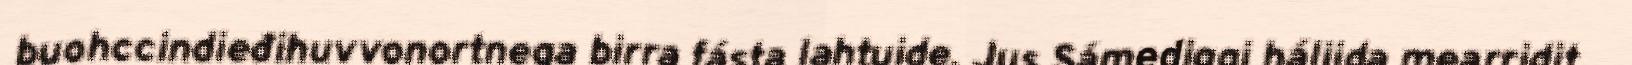
buohccindieđihuvvonortnega birra fásta lahtuide. Jus Sámediggi háliida mearridit